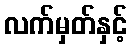
လက်မှတ်နှင့်